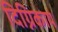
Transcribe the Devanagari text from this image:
दिग्निकाय